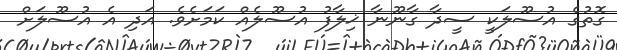
ގޮތުގެ އުސޫލަކީ ސީދާ ގާނޫނާ ޚިލާފު އުސޫލެއް ކަމަށެވެ. އަދި އެ އުސޫލަށް